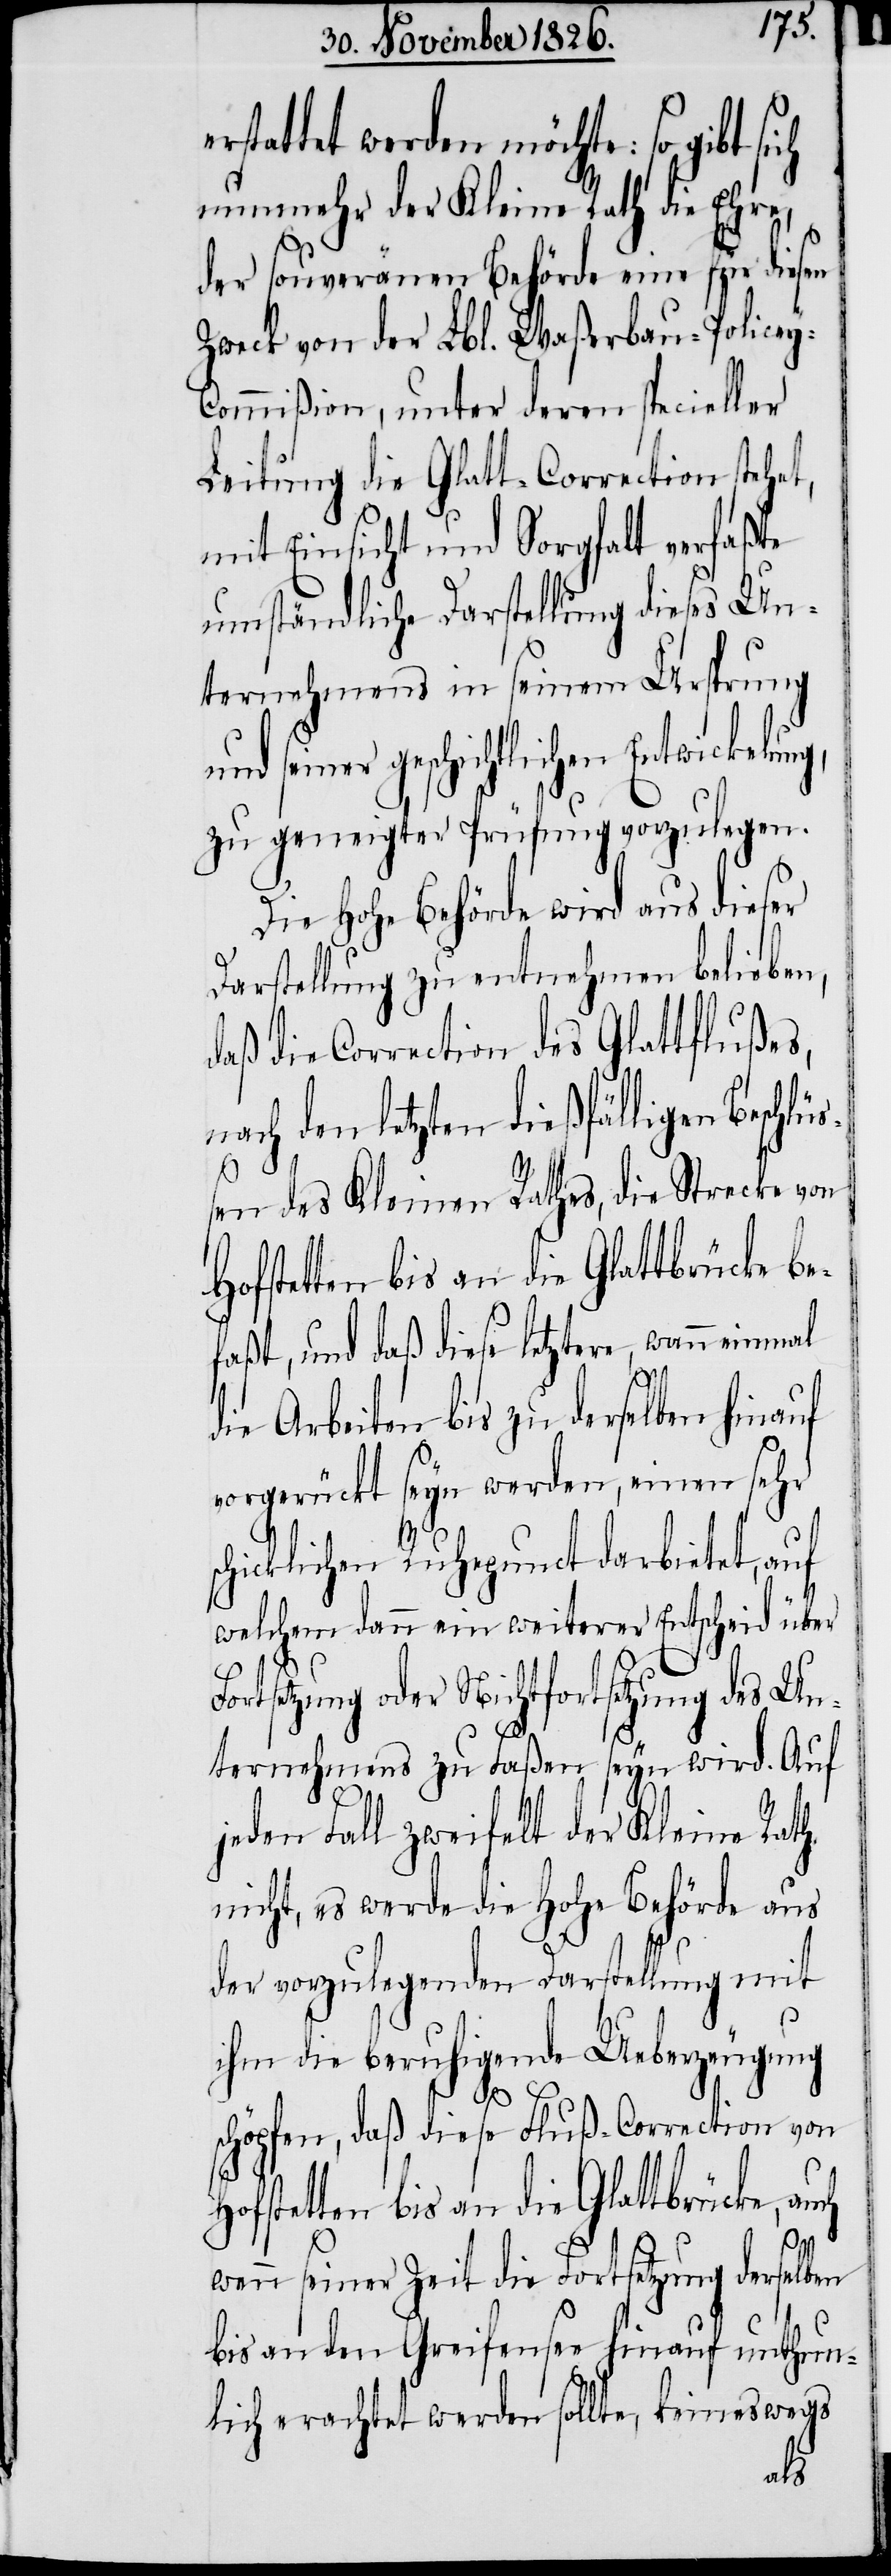
rstattet werden möchte: so gibt
nunmehr der Kleine Rath die Ehre,
der souveränen Behörde eine für diesen
Zweck von der Lbl. Waßerbau-Police¬
ommißion, unter deren specieller
Leitung die Glatt-Correction stehet,
mit Einsicht und Sorgfalt verfaßte
umständliche Darstellung dieses Un¬
ternehmens in seinem Ursprung
und seiner geschichtlichen
zu geneigter Prüfung vorzulegen.
Die hohe Behörde wird aus dieser
Darstellung zu entnehmen belieben,
daß die Correction des Glattflußes,
nach den letzten dießfälligen Beschl¬
üßen des Kleinen Rathes die Strecke von
faßt, und daß diese letztere, wann einmal
die Arbeiten bis zu derselben hinauf
vorgerückt seyn werden, einen sehr
icklichen Ruhepunct darbietet, auf
welchem dann ein weiterer Entscheid über
ortsetzung oder Nichtfortsetzung des Un¬
ternehmens zu Faßen seyn wird. Auf
jeden Fall zweifelt der Kleine Rath
nicht, es werde die hohe Behörde aus
der vorzulegenden Darstellung mit
ihm die beruhigende Ueberzeugung
F¬
schöpfen, daß diese Fluß-Correction von
Hofstetten bis an die Glattbrücke,
wenn seiner Zeit die Fortsetzung derselben
bis an den Greifensee hinauf unthun¬
lich erachtet werden sollte, keineswegs
sch¬